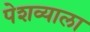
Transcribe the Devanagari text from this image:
पेशव्याला